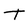
Character: T